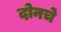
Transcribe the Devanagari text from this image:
दोनचे